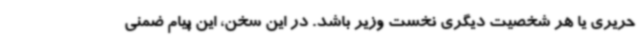
حریری یا هر شخصیت دیگری نخست وزیر باشد. در این سخن، این پیام ضمنی